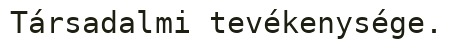
Társadalmi tevékenysége.